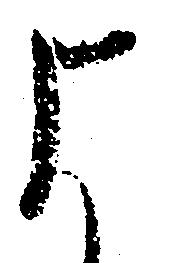
よ